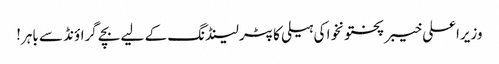
وزیراعلی خیبر پختونخوا کی ہیلی کاپٹر لینڈنگ کے لیے بچے گراؤنڈ سے باہر!